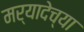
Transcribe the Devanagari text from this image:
मर्यादेच्या